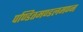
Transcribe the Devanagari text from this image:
पण्डितमण्डलमण्न